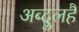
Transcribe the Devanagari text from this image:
अब्दुलहै